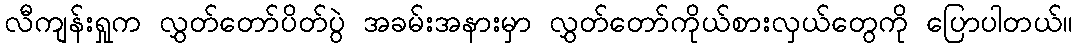
လီကျန်းရှုက လွှတ်တော်ပိတ်ပွဲ အခမ်းအနားမှာ လွှတ်တော်ကိုယ်စားလှယ်တွေကို ပြောပါတယ်။